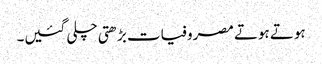
ہوتے ہوتے مصروفیات بڑھتی چلی گئیں۔